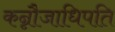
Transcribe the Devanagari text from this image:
कन्नौजाधिपति